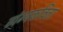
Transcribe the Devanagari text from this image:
व्यंग्यकविता